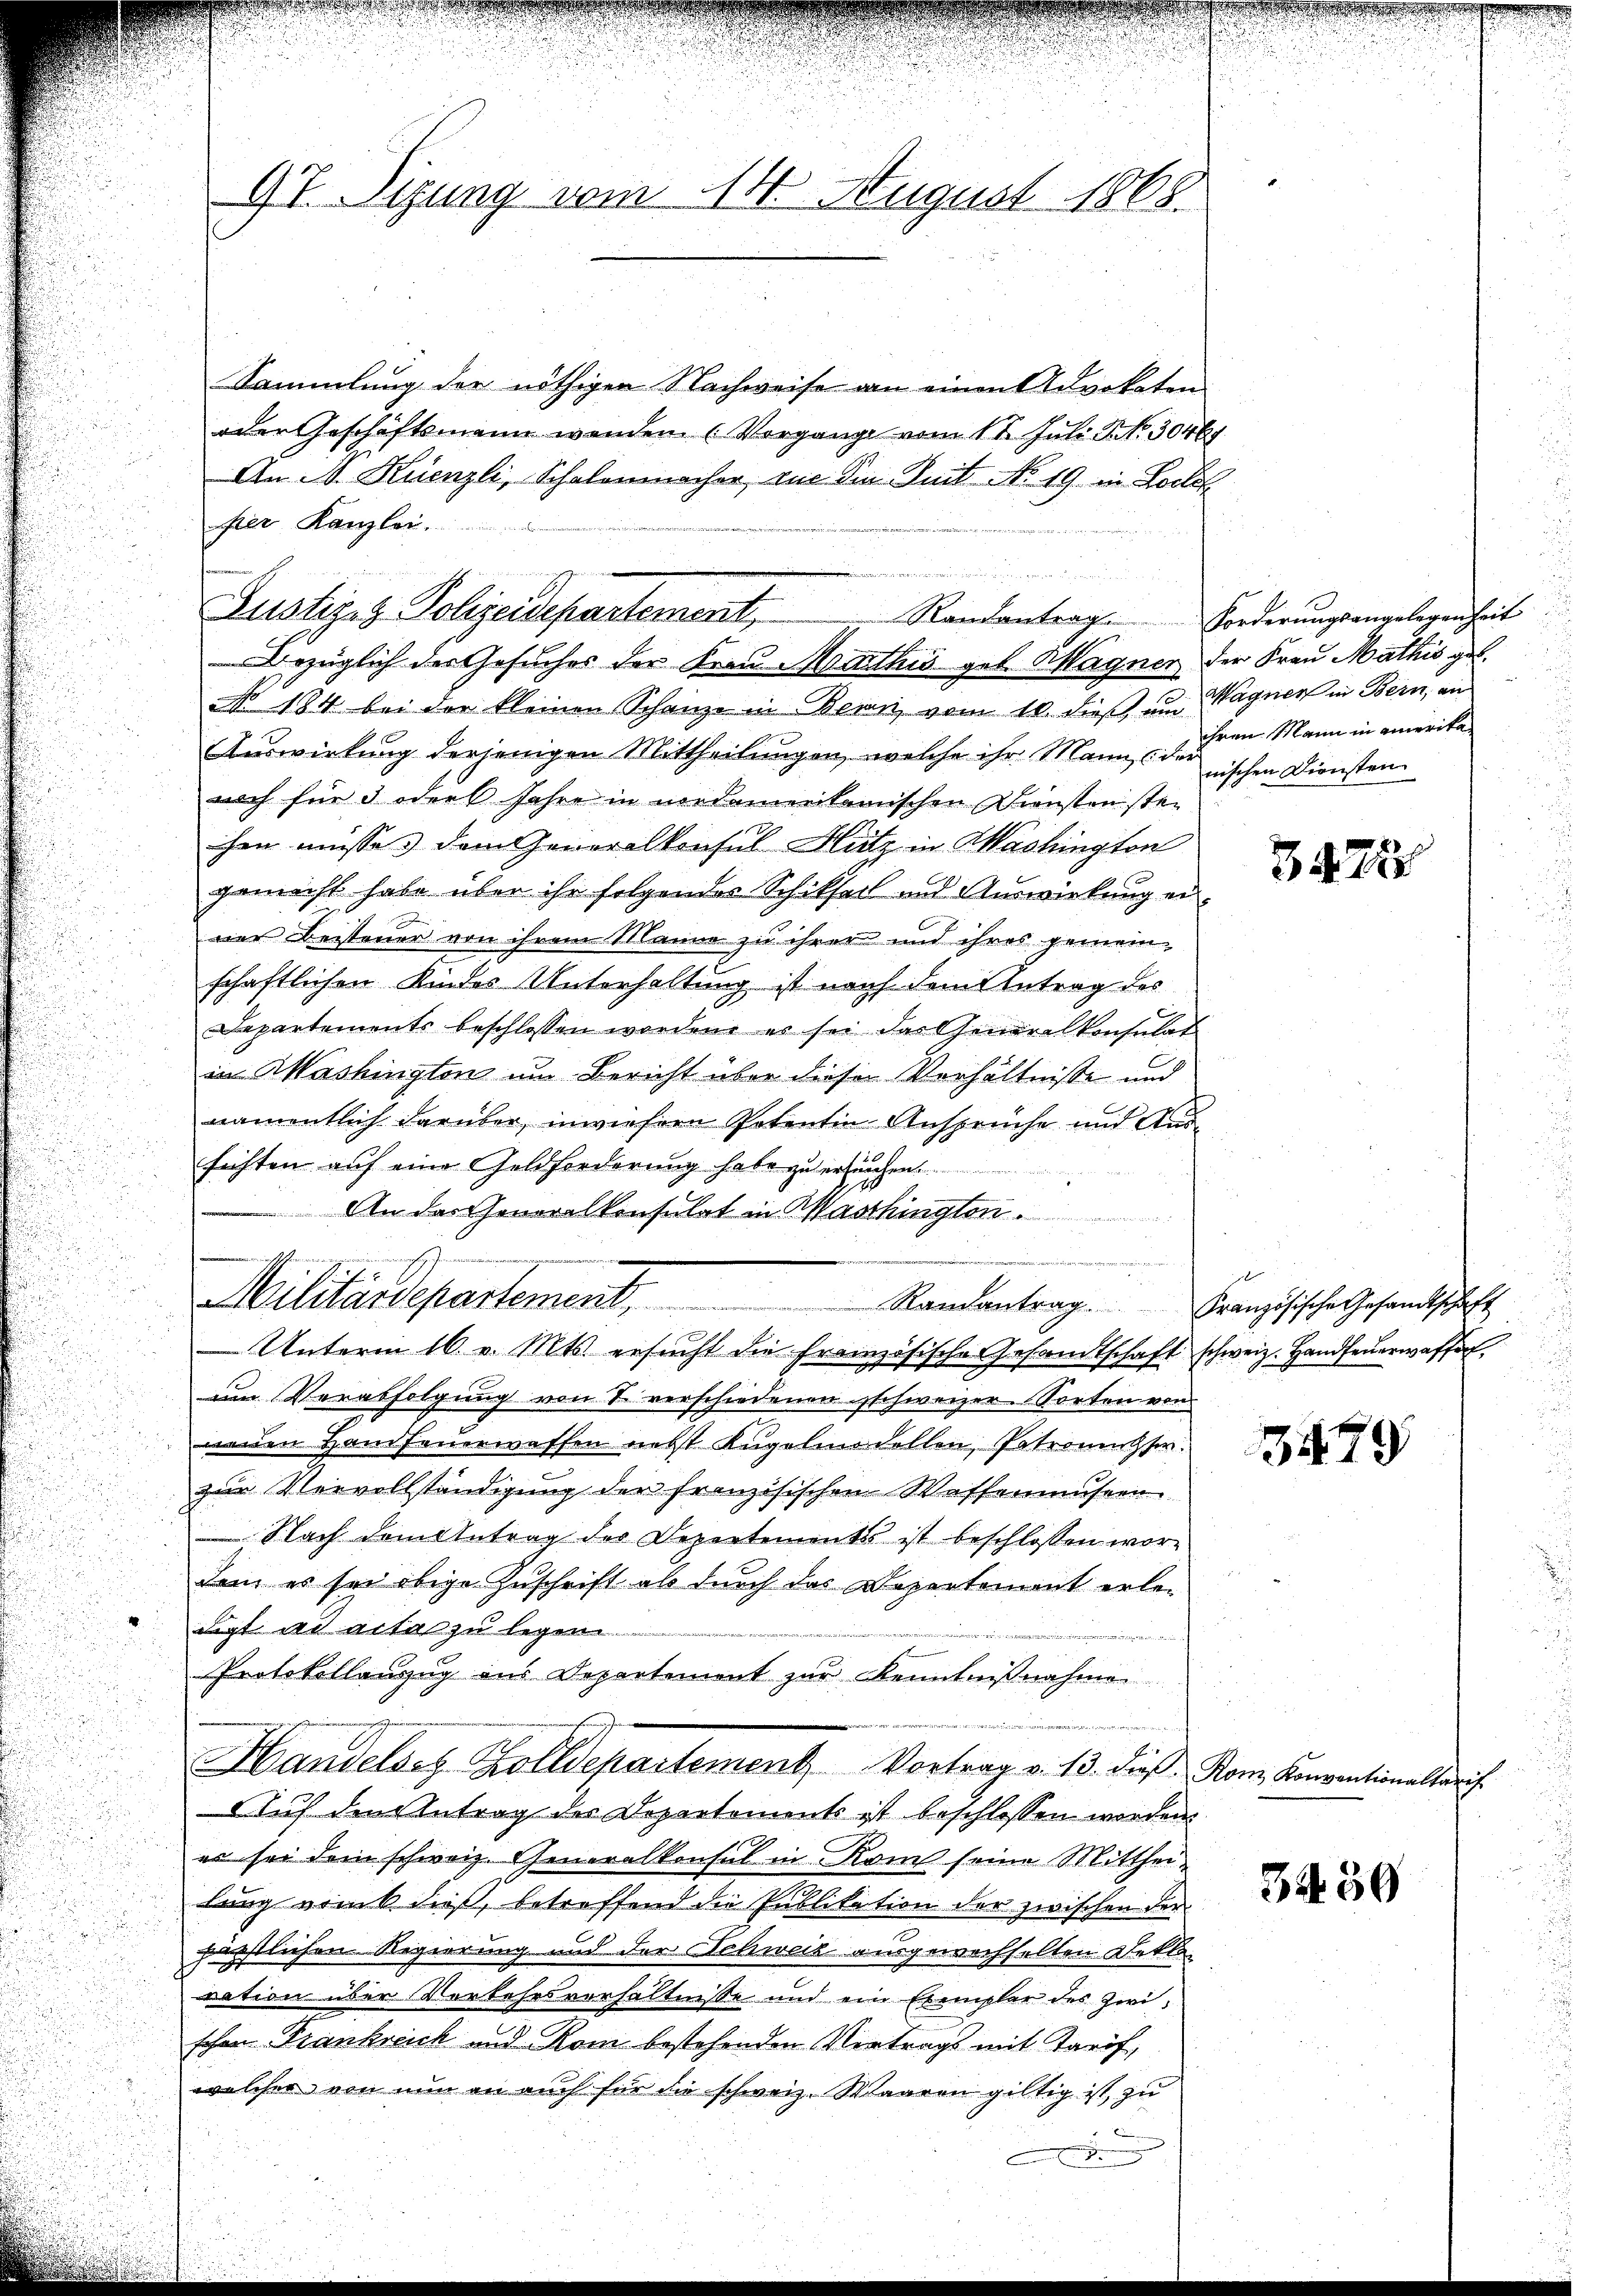
97. Sizung vom 14. August 1868.

Sammlung der nöthigen Nachweise an einen Advokaten
oder Geschäftsmann wenden (Vergange vom 11. Juli d. 30464
An N. Küenzli, Schalenmacher, zu die Seit No 19. in Loilet
fier Kanzlei.
NNo. 184 bei der kleinen Schanze in Bern vom 10. dieß, um Wagner in Bern, ein
Auswirkung derjenigen Mittheilungen, welche ihr Mann, der rischen Diensten
noch für 3 oder Jahre in medemerikanischen Dienstenstei
hen müsse. Dem Generalkonsul Hitz in Washington
gemacht habe über ihr folgender Schikheit und Auswirkung ei¬
.
ner Beisteuer von ihrem Manne zu ihrer und ihres gemeinschaftlichen Kindes Unterhaltung ist nach dem Antrag des
Departements beschlossen worden, es sei das Generalkonsulat
in Washington um Bericht über dieser Verhältnisse und
u
namentlich darüber, inwiesern Petentin Ansprüche und Ausfichten auf eine Geldforderung habe zu ersuchen.
An das Generalkonsulat in Washington.
e
Ehren
e

u
Militärdepartement. Kandantrag. Französische Gesandtschaft
1 x xx
Unterm 16. v. Mts. ersŭcht die Französische Gesamtschaft schweiz. Handfeŭerwaffe,
um Verabfolgung von 7 verschiedenen schweizer Sorten von
neuen Handfeuerwassen nebst Kugelmadellen, Patronesser
zur Vervollständigung der französischen Waffenmuseen.
 Nach dem Antrag des Departements ist beschlossen wordem es sei obige Zuschrift als durch das Departement erle¬
Ligt ad acta zu legen.
Protokollanzug aus Departement zur Kenntnißnahme

Handelsaz Zolldepartement. Vortrag v. 13. dieß Kanz. Konventionelle i
Auf den Antrag der Departements ist beschlossen worden.
es sei dem schweiz. Generalkonsul in Rom seine Mittheilung Bruck dieß, betreffend die Publikation der zwischen der
pürstlichen Regierung und der Schweiz ausgewechselten Dekta-
ration über Vorkehrsverhältnisse und ein Exemplar des Zwischon Frankreich und Rom bestehenden Vertrags mit Tarif,
welcher von nun an auch für die schweiz. Waaren giltig ist, zu

Justiz- & Polizeidepartement,

e
Bezüglich des Gesuches der Frau Mathis geb. Wagner der Frau Mathis ges

Randantrag. Forderungsangelegenheit

2
ihren Mann in amerika¬
u

Z 422

3450